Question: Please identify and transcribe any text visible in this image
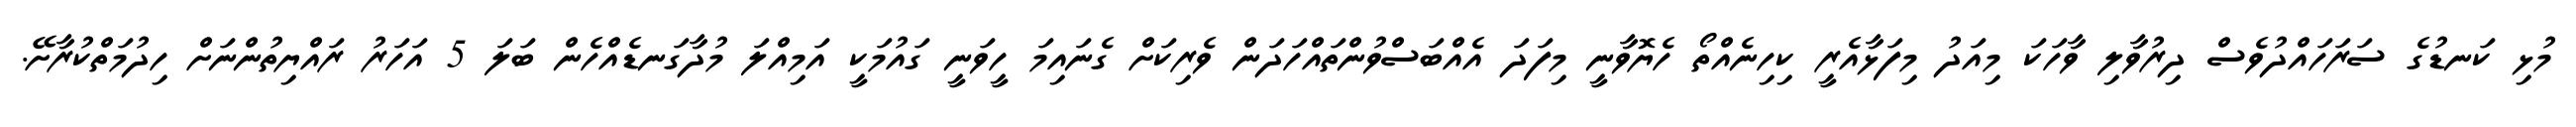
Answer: މުޅި ކަނޑުގެ ސަރަހައްދުވެސް ދިރުވާލި ވާހަކަ މިއަދު މިފަޅާއެރީ ކިހިނެއްތޯ ހެޔޮވާނީ މިފަދަ އެއްބަސްވުންތައްހަދަން ވެރިކަށް ގެނައިމަ ހީވަނީ ގައުމަކީ އަމިއްލަ މުދާގަނޑެއްހެން ބަލަ 5 އަހަރު ރައްޔިތުންނަށް ހިދުމަތްކުރާށޭ.